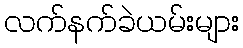
လက်နက်ခဲယမ်းများ